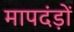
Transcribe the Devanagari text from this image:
मापदंड़ों